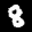
Label: 8